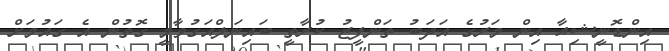
އިންޑޮނީޝިއާ އިން މަރުގެ އަދަބު ތަންފީޒު ކުރާތީ ބައިނަލްއަގުވާމީ ގޮތުން އެ ގައުމަށް